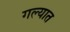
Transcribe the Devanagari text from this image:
गल्यात